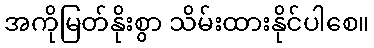
အကိုမြတ်နိုးစွာ သိမ်းထားနိုင်ပါစေ။